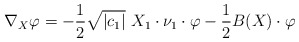
\begin{align*}\nabla_X \varphi = -\frac{1}{2}\sqrt{|c_1|}\ X_1 \cdot \nu_1\cdot \varphi - \frac{1}{2}B(X)\cdot \varphi\end{align*}